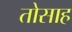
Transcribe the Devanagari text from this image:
तोसाह